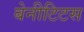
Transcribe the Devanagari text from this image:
बेनीटिटस